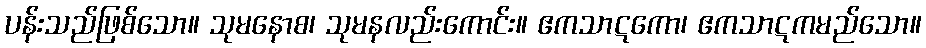
ပန်းသည်ဖြစ်သော။ သုမနောစ၊ သုမနလည်းကောင်း။ ဧကသာဋကော၊ ဧကသာဋကမည်သော။